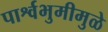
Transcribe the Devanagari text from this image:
पार्श्वभुमीमुळे